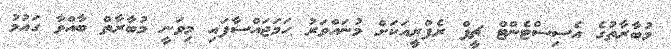
މުބާރާތުގެ އެސިސްޓެންޓް ޗީފް ރެފްރީއަކަށް މުނައްވަރު ހަމަޖައްސާފައި މިވަނީ މުބާރާތް ބާއްވާ ގައުމު